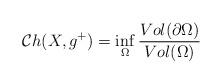
LaTeX: \begin{align*}\mathcal{C}h(X,g^+)=\inf\limits_{\Omega}\frac{Vol(\partial\Omega)}{Vol(\Omega)}\end{align*}